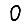
Digit: 0